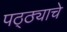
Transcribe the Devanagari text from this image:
पठ्ठ्याचे